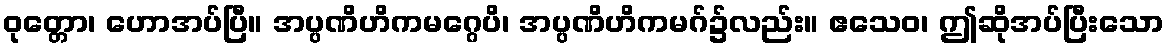
ဝုတ္တော၊ ဟောအပ်ပြီ။ အပ္ပဏိဟိကမဂ္ဂေပိ၊ အပ္ပဏိဟိကမဂ်၌လည်း။ ဧသေဝ၊ ဤဆိုအပ်ပြီးသော